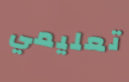
تعليمي